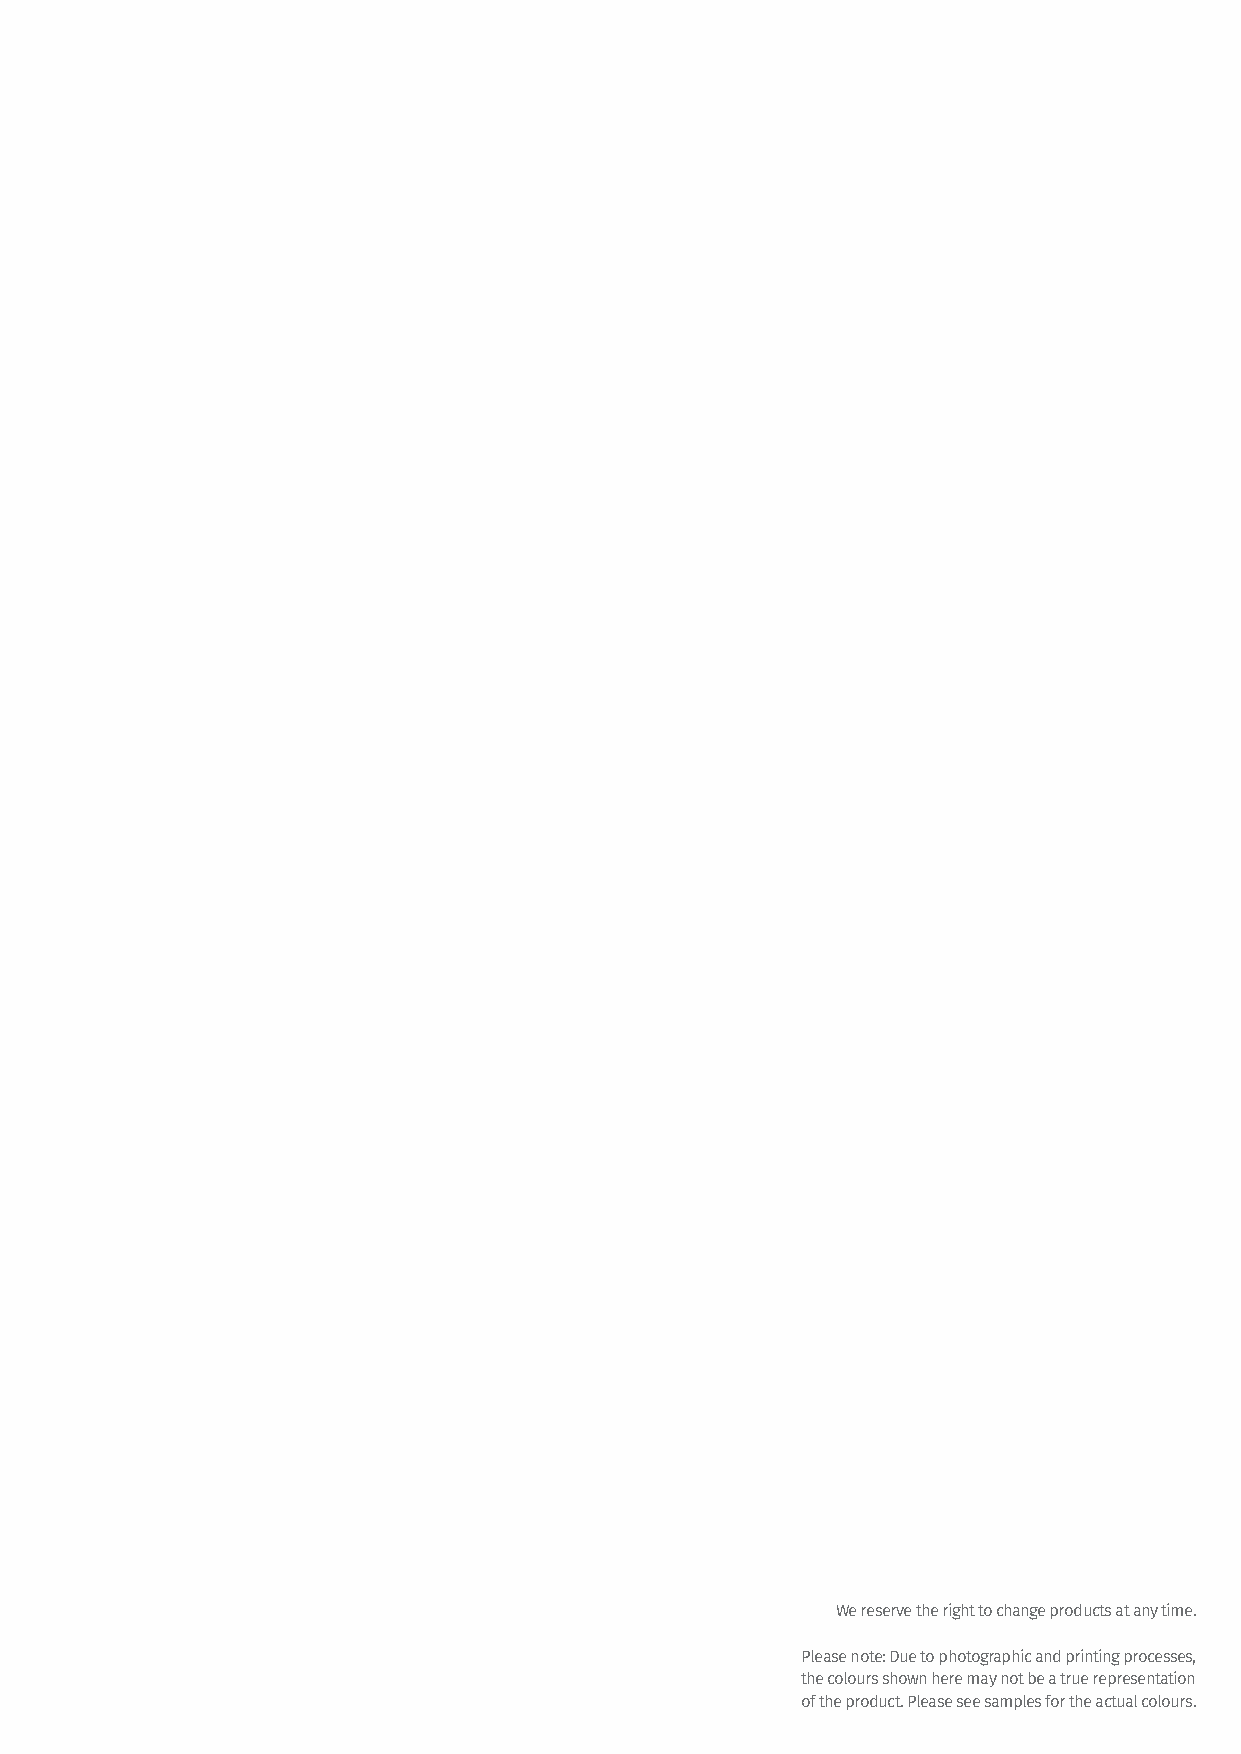
We reserve the right to change products at any time.
 Please note: Due to photographic and printing processes,
 the colours shown here may not be a true representation
 of the product. Please see samples for the actual colours.